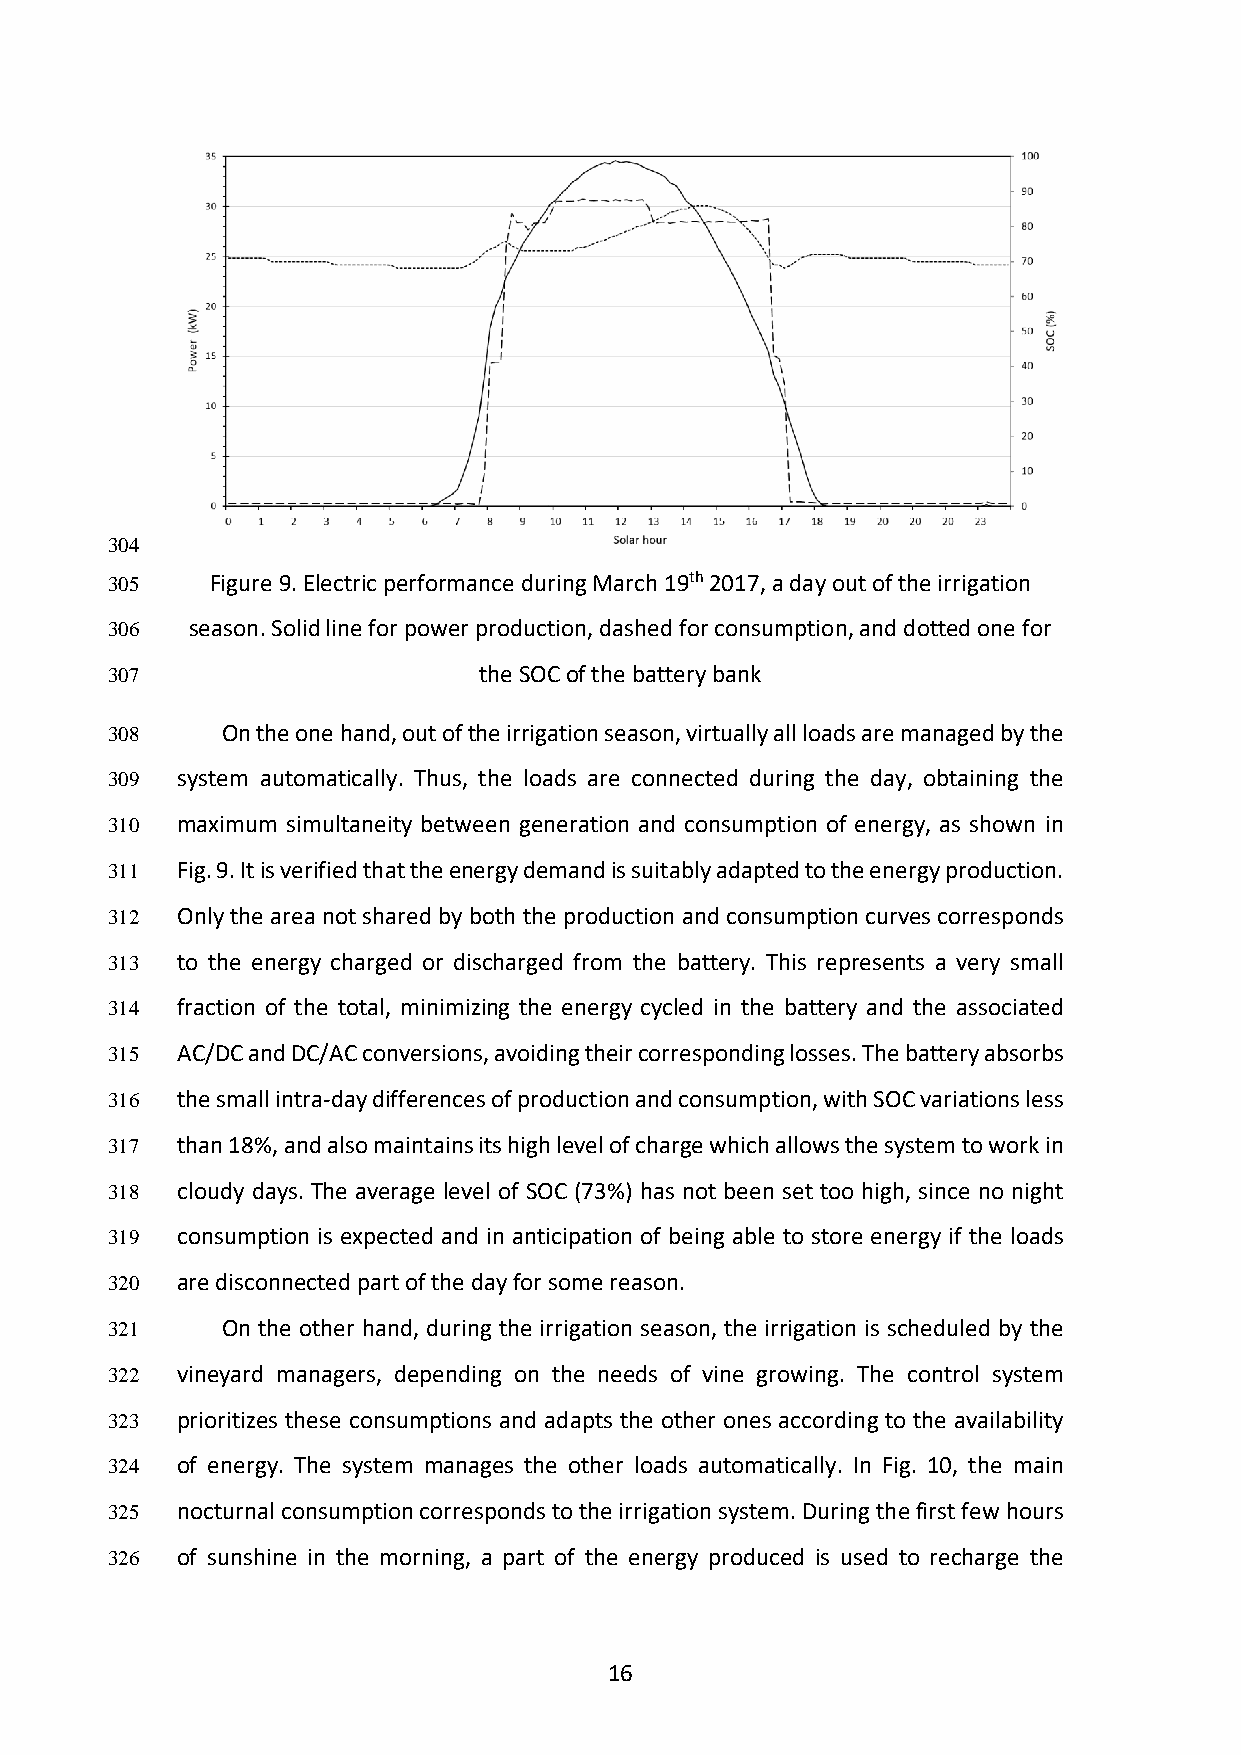
304
 305    Figure 9. Electric performance during March 19th 2017, a day out of the irrigation
 306   season. Solid line for power production, dashed for consumption, and dotted one for
 307                      the SOC of the battery bank
 308     On the one hand, out of the irrigation season, virtually all loads are managed by the
 309  system automatically. Thus, the loads are connected during the day, obtaining the
 310  maximum simultaneity between generation and consumption of energy, as shown in
 311  Fig. 9. It is verified that the energy demand is suitably adapted to the energy production.
 312  Only the area not shared by both the production and consumption curves corresponds
 313  to the energy charged or discharged from the battery. This represents a very small
 314  fraction of the total, minimizing the energy cycled in the battery and the associated
 315  AC/DC and DC/AC conversions, avoiding their corresponding losses. The battery absorbs
 316  the small intra-day differences of production and consumption, with SOC variations less
 317  than 18%, and also maintains its high level of charge which allows the system to work in
 318  cloudy days. The average level of SOC (73%) has not been set too high, since no night
 319  consumption is expected and in anticipation of being able to store energy if the loads
 320  are disconnected part of the day for some reason.
 321     On the other hand, during the irrigation season, the irrigation is scheduled by the
 322  vineyard managers, depending on the needs of vine growing. The control system
 323  prioritizes these consumptions and adapts the other ones according to the availability
 324  of energy. The system manages the other loads automatically. In Fig. 10, the main
 325  nocturnal consumption corresponds to the irrigation system. During the first few hours
 326  of sunshine in the morning, a part of the energy produced is used to recharge the
 16